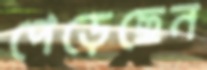
পেড়েছেন